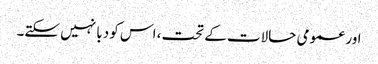
اور عمومی حالات کے تحت، اس کو دبا نہیں سکتے۔